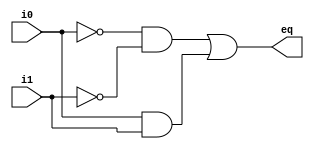
// This program was cloned from: https://github.com/AngeloJacobo/FPGA_Book_Experiments
// License: MIT License

`timescale 1ns / 1ps

module eq1(
	input wire i0,i1,
	output wire eq
    );
	// signal declaration 
	wire p0, pl; 

	// body 
	// sum of two product terms 
	assign eq = p0 || pl; 
	
	// product terms 
	assign p0 = ~i0 & ~i1; 
	assign pl = i0 & i1;

endmodule